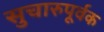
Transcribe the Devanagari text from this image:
सुचारुपूर्वक